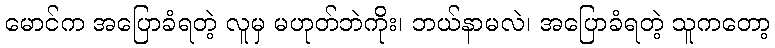
မောင်က အပြောခံရတဲ့ လူမှ မဟုတ်ဘဲကိုး၊ ဘယ်နာမလဲ၊ အပြောခံရတဲ့ သူကတော့